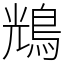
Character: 𪀯